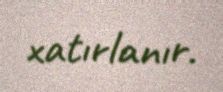
xatırlanır.